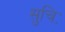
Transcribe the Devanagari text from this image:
सुचिः